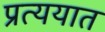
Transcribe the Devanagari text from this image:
प्रत्ययात